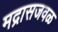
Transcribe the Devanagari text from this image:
मद्रासजवळ